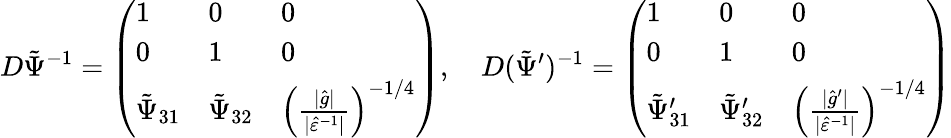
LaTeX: D\tilde{\Psi}^{-1}=\left(\begin{array}{lll}{1}&{0}&{0}\\ {0}&{1}&{0}\\ {\tilde{\Psi}_{31}}&{\tilde{\Psi}_{32}}&{\left(\frac{\lvert\hat{g}\rvert}{\lvert\hat{\varepsilon}^{-1}\rvert}\right)^{-1/4}}\end{array}\right),\quad D(\tilde{\Psi}^{\prime})^{-1}=\left(\begin{array}{lll}{1}&{0}&{0}\\ {0}&{1}&{0}\\ {\tilde{\Psi}_{31}^{\prime}}&{\tilde{\Psi}_{32}^{\prime}}&{\left(\frac{\lvert\hat{g}^{\prime}\rvert}{\lvert\hat{\varepsilon}^{-1}\rvert}\right)^{-1/4}}\end{array}\right)